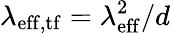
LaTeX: \lambda_{\mathrm{eff,tf}}=\lambda_{\mathrm{eff}}^{2}/d